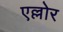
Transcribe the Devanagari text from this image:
एल्लोर